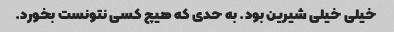
خیلی خیلی شیرین بود. به حدی که هیچ کسی نتونست بخورد.